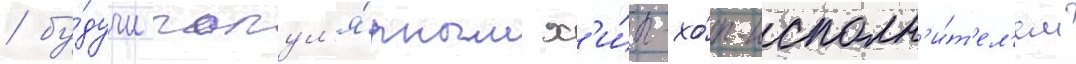
/ бу́дучи попул'я́рным х'и́п-хо́п-исполн'и́т'ел'ем